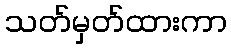
သတ်မှတ်ထားကာ